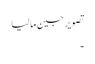
تصویر جین مالیا
۔